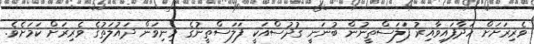
ވެރިރަށަށް ހަދާފައިވާއިރު ފަލަސްތީނުން ބުނަނީ ގުދުސްއަކީ ފަލަސްތީނުގެ މިނިވަން ދައުލަތުގެ ވެރިރަށް ކަމަށެވެ.